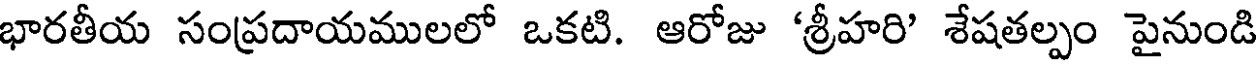
భారతీయ సంప్రదాయములలో ఒకటి. ఆరోజు 'శ్రీహరి' శేషతల్పం పైనుండి